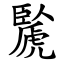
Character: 䖙